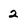
Character: 2